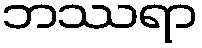
ဘဿရာ